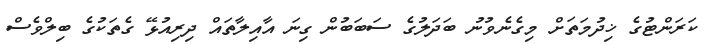
ކަރަންޓުގެ ޚިދުމަތަށް މިގެނެވުނު ބަދަލުގެ ސަބަބުން ގިނަ އާއިލާތައް ދިރިއުޅޭ ގެތަކުގެ ބިލްވެސް